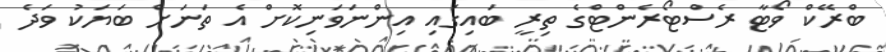
ބްރޭކް ވޯޓާ ރެސްޓޯރެންޓްގެ ތިރީ ބައިގައި އިންނަވަނިކޮށް އެ ތަނަށް ބަޔަކު ވަދެ